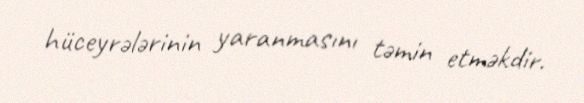
hüceyrələrinin yaranmasını təmin etməkdir.